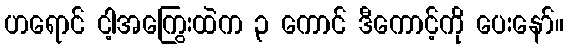
ဟရောင် ငါ့အကြွေးထဲက ၃ ကောင် ဒီကောင့်ကို ပေးနော်။